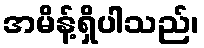
အမိန့်ရှိပါသည်၊